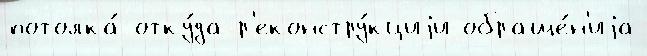
потолка́ отку́да р'еконстру́кциjи обраще́н'иjа